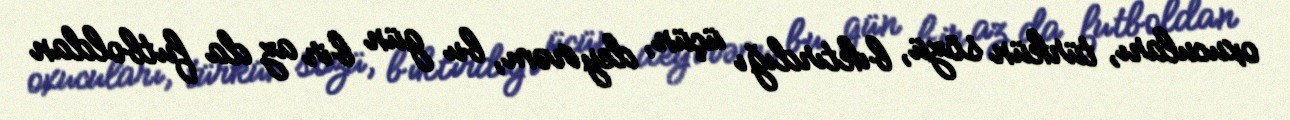
oxucuları, türkün sözü, bıktırdığı üçün, deyirəm, bu gün bir az da futboldan